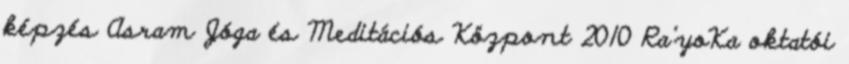
képzés Asram Jóga és Meditációs Központ 2010 Ra’yoKa oktatói